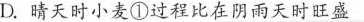
D.晴天时小麦①过程比在阴雨天时旺盛